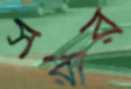
সরার